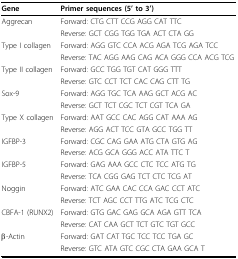
<table><thead><tr><td><b>Gene</b></td><td><b>Primer sequences (5&#x27; to 3&#x27;)</b></td></tr></thead><tbody><tr><td>Aggrecan</td><td>Forward: CTG CTT CCG AGG CAT TTC</td></tr><tr><td></td><td>Reverse: GCT CGG TGG TGA ACT CTA GG</td></tr><tr><td>Type I collagen</td><td>Forward: AGG GTC CCA ACG AGA TCG AGA TCC</td></tr><tr><td></td><td>Reverse: TAC AGG AAG CAG ACA GGG CCA ACG TCG</td></tr><tr><td>Type II collagen</td><td>Forward: GCC TGG TGT CAT GGG TTT</td></tr><tr><td></td><td>Reverse: GTC CCT TCT CAC CAG CTT TG</td></tr><tr><td>Sox-9</td><td>Forward: AGG TGC TCA AAG GCT ACG AC</td></tr><tr><td></td><td>Reverse: GCT TCT CGC TCT CGT TCA GA</td></tr><tr><td>Type X collagen</td><td>Forward: AAT GCC CAC AGG CAT AAA AG</td></tr><tr><td></td><td>Reverse: AGG ACT TCC GTA GCC TGG TT</td></tr><tr><td>IGFBP-3</td><td>Forward: CGC CAG GAA ATG CTA GTG AG</td></tr><tr><td></td><td>Reverse: ACG GCA GGG ACC ATA TTC T</td></tr><tr><td>IGFBP-5</td><td>Forward: GAG AAA GCC CTC TCC ATG TG</td></tr><tr><td></td><td>Reverse: TCA CGG GAG TCT CTC TCG AT</td></tr><tr><td>Noggin</td><td>Forward: ATC GAA CAC CCA GAC CCT ATC</td></tr><tr><td></td><td>Reverse: TCT AGC CCT TTG ATC TCG CTC</td></tr><tr><td>CBFA-1 (RUNX2)</td><td>Forward: GTG GAC GAG GCA AGA GTT TCA</td></tr><tr><td></td><td>Reverse: CAT CAA GCT TCT GTC TGT GCC</td></tr><tr><td>β-Actin</td><td>Forward: GAT CAT TGC TCC TCC TGA GC</td></tr><tr><td></td><td>Reverse: GTC ATA GTC CGC CTA GAA GCA T</td></tr></tbody></table>